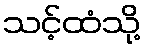
သင့်ထံသို့